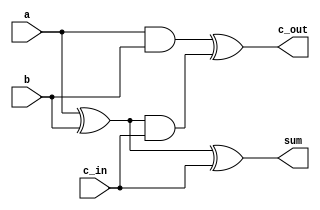
`timescale 1ns / 1ps
//////////////////////////////////////////////////////////////////////////////////
// Company: 
// Engineer: 
// 
// Design Name: 
// Module Name: Full_Adder
// Project Name: 
// Target Devices: 
// Tool Versions: 
// Description: 
// 
// Dependencies: 
// 
// Revision:
// Revision 0.01 - File Created
// Additional Comments:
// 
//////////////////////////////////////////////////////////////////////////////////


module Full_Adder(sum,c_out,a,b,c_in);
input a, b, c_in;
output sum, c_out;

//WIRES
wire s1, c1,s2;

//describe the logic
 xor xor1(s1, a, b);
 xor xor2(sum, s1, c_in);
 and and1(c1, a, b);
 and and2 (s2, s1 , c_in);
 xor xor3(c_out, c1, s2);

endmodule